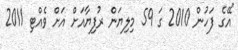
"އޭގެ ފަހުން 2010 ގަ 59 މިލިޔަން ރުފިޔާއަށް އަށް ވެއްޓި 2011